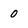
Character: 0